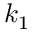
k _ { 1 }